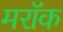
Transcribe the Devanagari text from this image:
मरॉक